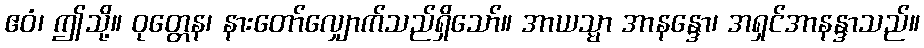
ဧဝံ၊ ဤသို့။ ဝုတ္တေန၊ နားတော်လျှောက်သည်ရှိသော်။ အာယသ္မာ အာနန္ဒော၊ အရှင်အာနန္ဒာသည်။